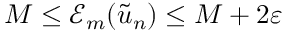
M \leq \mathcal { E } _ { m } ( \tilde { u } _ { n } ) \leq M + 2 \varepsilon